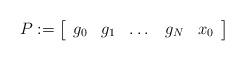
LaTeX: \begin{align*} P := \left[ \begin{array}{lllll} g_0 & g_1 & \dots & g_N & x_0 \end{array} \right]\end{align*}